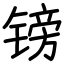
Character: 镑